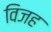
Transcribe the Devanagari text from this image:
विजह